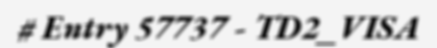
# Entry 57737 - TD2_VISA